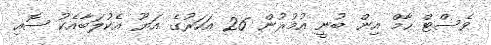
ވެސްޓް ހާމް އިން ބުނީ އުމުރުން 26 އަހަރުގެ އަޔޫ އެކުލަބާއެކު ސޮއި